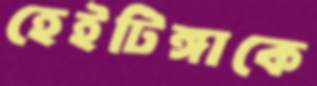
হেইটিঙ্গাকে